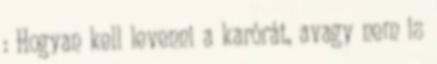
: Hogyan kell levenni a karórát, avagy nem is